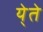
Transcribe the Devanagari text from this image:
ये्ते